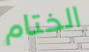
الختام